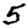
Digit: 5